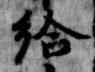
給